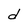
Character: d